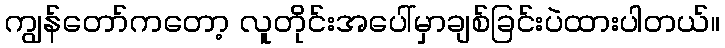
ကျွန်တော်ကတော့ လူတိုင်းအပေါ်မှာချစ်ခြင်းပဲထားပါတယ်။